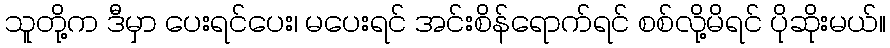
သူတို့က ဒီမှာ ပေးရင်ပေး၊ မပေးရင် အင်းစိန်ရောက်ရင် စစ်လို့မိရင် ပိုဆိုးမယ်။